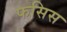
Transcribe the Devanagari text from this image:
फसिस